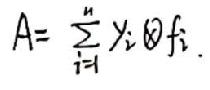
\[
A = \sum_{i = 1}^{n} x_{i} \otimes f_{i}
\]